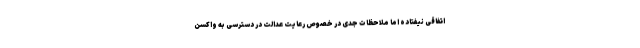
اتفاقی نیفتاده اما ملاحظات جدی در خصوص رعایت عدالت در دسترسی به واکسن